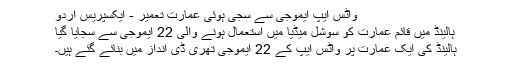
واٹس ایپ ایموجی سے سجی ہوئی عمارت تعمیر - ایکسپریس اردو
ہالینڈ میں قائم عمارت کو سوشل میڈیا میں استعمال ہونے والی 22 ایموجی سے سجایا گیا
ہالینڈ کی ایک عمارت پر واٹس ایپ کے 22 ایموجی تھری ڈی انداز میں بنائے گئے ہیں۔